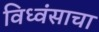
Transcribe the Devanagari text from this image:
विध्वंसाचा